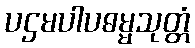
ပဌမပါပဓမ္မသုတ္တံ